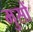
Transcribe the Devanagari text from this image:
मुसों